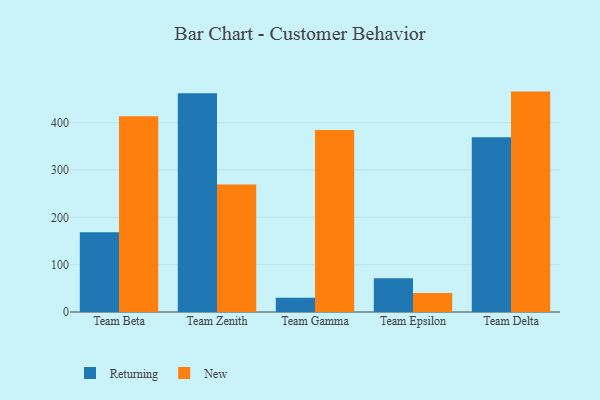
{"axis": {"x": "Team", "y": "Page Views"}, "legend": ["New", "Returning"], "data": [{"x": "Team Beta", "y": 168.3, "type": "Returning"}, {"x": "Team Beta", "y": 413.5, "type": "New"}, {"x": "Team Zenith", "y": 462.5, "type": "Returning"}, {"x": "Team Zenith", "y": 269.7, "type": "New"}, {"x": "Team Gamma", "y": 30.2, "type": "Returning"}, {"x": "Team Gamma", "y": 384.6, "type": "New"}, {"x": "Team Epsilon", "y": 71.5, "type": "Returning"}, {"x": "Team Epsilon", "y": 39.9, "type": "New"}, {"x": "Team Delta", "y": 369.4, "type": "Returning"}, {"x": "Team Delta", "y": 465.8, "type": "New"}]}